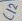
Text: C12